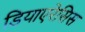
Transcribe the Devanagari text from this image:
डियाएरेसिस